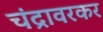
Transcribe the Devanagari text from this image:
चंद्रावरकर